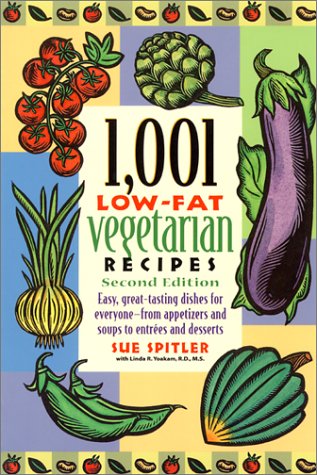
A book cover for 1,001 Low-Fat Vegetarian Recipes, 2nd ed.; Sue Spitler; Cookbooks, Food & Wine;